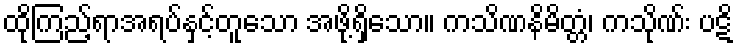
ထိုကြည့်ရာအရပ်နှင့်တူသော အဖို့ရှိသော။ ကသိဏနိမိတ္တံ၊ ကသိုဏ်း ပဋိ